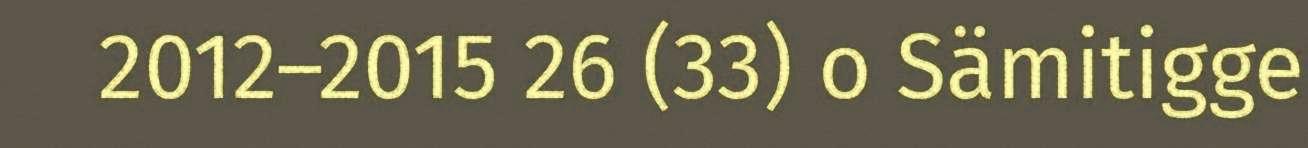
2012–2015 26 (33) o Sämitigge